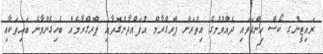
ރައިޓީންގ ކޯސް ހިންގަވައި ދެއްވުމުގެ އިތުރަށް ޕްރޮގްރާމް އުފައްދާނެގޮތާއި ޕްރޮގްރާމެއް ބެހިގެންވާނެ ބައިތަކާއި